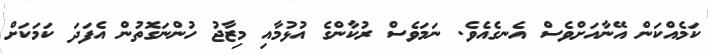
ކަމެއްކަން އޭނާއަށްވެސް އެނގެއެވެ. ނަމަވެސް ރުކާންގެ އުޅުމާއި މިޒާޖު ހުންނަގޮތުން އެފަދަ ކަމަކަށް